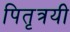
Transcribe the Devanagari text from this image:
पितृत्रयी